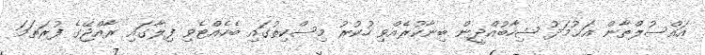
އައްސުލްޠާން އަޙުމަދު ޝިހާބުއްދީން ބިނާކުރެއްވި ހުކުރު މިސްކިތުގައި ބެހެއްޓެވި ފިލާގައި ރާއްޖޭގެ ފުރަތަމަ